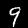
Label: 9